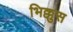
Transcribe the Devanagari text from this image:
भिक्कुस